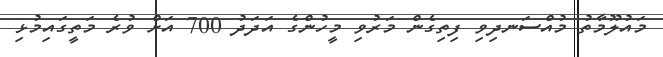
މައުލޫމާތު މުއްސަނދިވި ފިތިގެން މަރުވި މީހުންގެ އަދަދު 700 އަށް ވުރެ މަތީގައިމުޅި